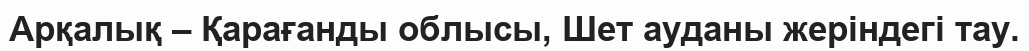
Арқалық – Қарағанды облысы, Шет ауданы жеріндегі тау.